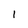
Character: 1